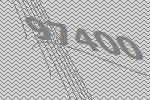
97400